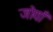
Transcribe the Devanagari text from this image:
जोयाँ